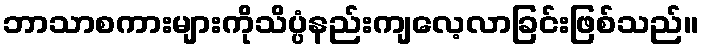
ဘာသာစကားများကိုသိပ္ပံနည်းကျလေ့လာခြင်းဖြစ်သည်။